Civil Veterinary Department Bihar & Orissa reports 1922-29 - 1922-1929
Year: 1922
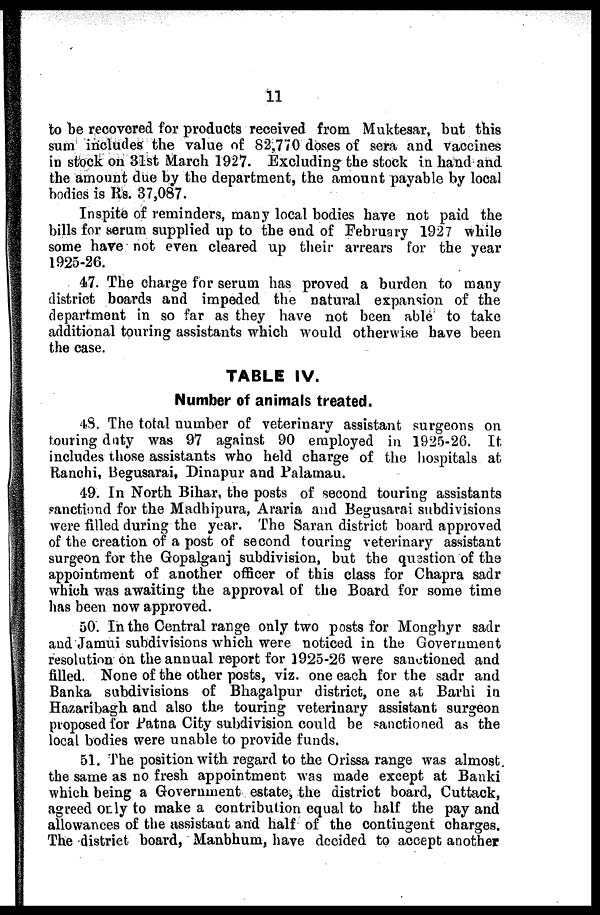
11
to be recovered for products received from Muktesar, but this
sum includes the value of 82,770 doses of sera and vaccines
in stock on 31st March 1927. Excluding the stock in hand and
the amount due by the department, the amount payable by local
bodies is Its. 37,087.
Inspite of reminders, many local bodies have not paid the
bills for serum supplied up to the end of February 1927 while
some have not even cleared up their arrears for the year
1925-26.
47. The charge for serum has proved a burden to many
district boards and impeded the natural expansion of the
department in so far as they have not been able to take
additional touring assistants which would otherwise have been
the case.
TABLE IV.
Number of animals treated.
48 The total number of veterinary assistant surgeons on
touring duty was 97 against 90 employed in 1925-26. It
includes those assistants who held charge of the hospitals at
Ranchi, Begusarai, Dinapur and Palamau.
49. In North Bihar, the posts of second touring assistants
sanctiond for the Madhipura, Araria and Begusarai subdivisions
were filled during the year. The Saran district board approved
of the creation of a post of second touring veterinary assistant
surgeon for the Gopalganj subdivision, but the qusstion of the
appointment of another officer of this class for Chapra sadr
which was awaiting the approval of the Board for some time
has been now approved.
50. In the Central range only two posts for Monghyr sadr
and Jamui subdivisions which were noticed in the Government
resolution on the anuual report for 1925-26 were sanctioned and
filled. None of the other posts, viz. one each for the sadr and
Banka subdivisions of Bhagalpur district, one at Barhi in
Hazaribagh and also the touring veterinary assistant surgeon
proposed for Patna City subdivision could be sanctioned as the
local bodies were unable to provide funds.
51. The position with regard to the Orissa range was almost
the same as no fresh appointment was made except at Banki
which being a Government estate, the district board, Cuttack,
agreed only to make a contribution equal to half the pay and
allowances of the assistant and half of the contingent charges.
The district board, Manbhum, have decided to accept another